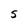
Character: 5